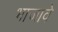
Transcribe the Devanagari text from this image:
भाजावे